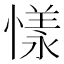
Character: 𢟣